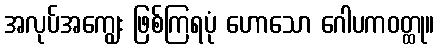
အလုပ်အကျွေး ဖြစ်ကြရပုံ ဟောသော ဂေါပကဝတ္ထု။